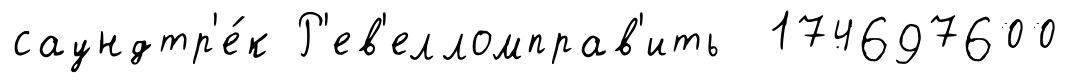
саундтр'е́к Р'ев'елломправ'ить 174697600